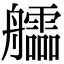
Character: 𦫃